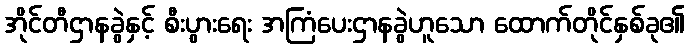
အိုင်တီဌာနခွဲနှင့် စီးပွားရေး အကြံပေးဌာနခွဲဟူသော ထောက်တိုင်နှစ်ခု၏